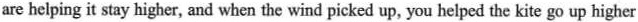
are helping it stay higher, and when the wind picked up, you helped the kite go up higher